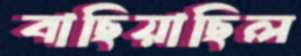
বাছিয়াছিল